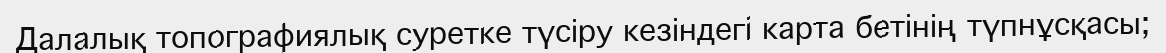
Далалық топографиялық суретке түсіру кезіндегі карта бетінің түпнұсқасы;